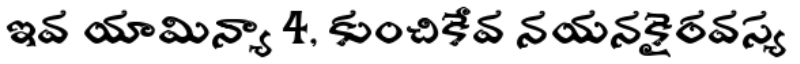
ఇవ యామిన్యా 4, కుంచికేవ నయనకైరవస్య